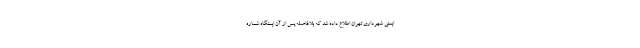
ایمنی شهرداری تهران اطلاع داده شد که بلافاصله پس از آن ایستگاه شماره